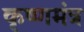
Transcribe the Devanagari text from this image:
कृष्णमंत्र